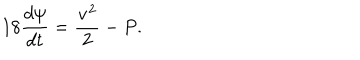
LaTeX: 1 8 { \frac { d \psi } { d t } } = { \frac { { \bf v } ^ { 2 } } { 2 } } - P .